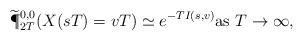
LaTeX: \begin{align*}\widetilde{\P}^{0,0}_{2T}(X(sT)=vT) \simeq e^{-T I(s,v)}\mbox{as $T \to \infty$},\end{align*}